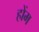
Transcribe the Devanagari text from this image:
होंम